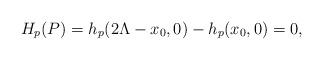
LaTeX: \begin{align*}H_p(P)=h_p(2\Lambda-x_0,0)-h_p(x_0,0)=0,\end{align*}